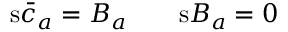
\mathrm { s } \bar { c } _ { a } = B _ { a } \qquad \mathrm { s } B _ { a } = 0